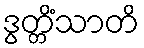
ဒွတ္တိံသာတိ